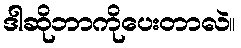
ဒါဆိုဘာကိုပေးတာလဲ။